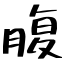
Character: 腹